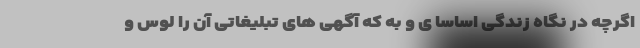
اگرچه در نگاه زندگی اساسا ی و به که آگهی های تبلیغاتی آن را لوس و